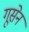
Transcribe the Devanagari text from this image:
गूसेन